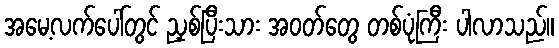
အမေ့လက်ပေါ်တွင် ညှစ်ပြီးသား အဝတ်တွေ တစ်ပုံကြီး ပါလာသည်။